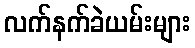
လက်နက်ခဲယမ်းများ